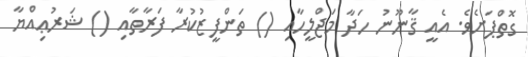
ގޮތްޕަށެވެ. އެއީ ޤާނޫނު ހަދާ މަޖްލީހާއި () ތަންފީޒުކުރާ ފަރާތާއި () ޝަރުޢިއްޔާ